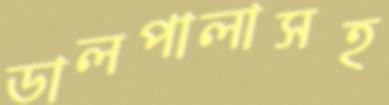
ডালপালাসহ